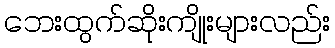
ဘေးထွက်ဆိုးကျိုးများလည်း